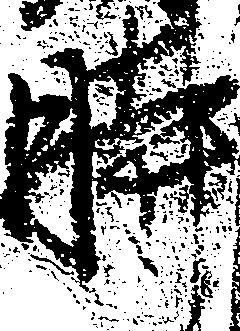
時